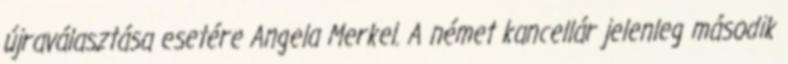
újraválasztása esetére Angela Merkel. A német kancellár jelenleg második